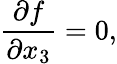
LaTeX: \frac{\partial f}{\partial x_{3}}=0,